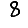
Digit: 8